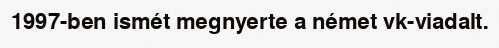
1997-ben ismét megnyerte a német vk-viadalt.